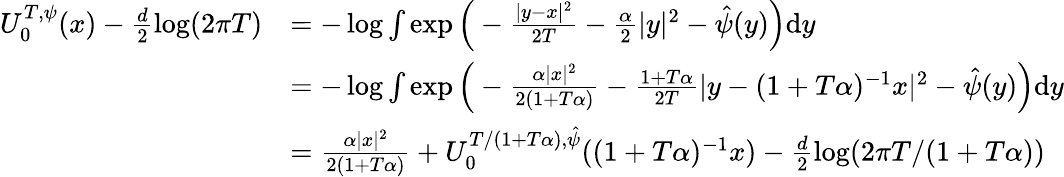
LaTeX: \begin{array}{rl}{U_{0}^{T,\psi}(x)-\frac{d}{2}\log(2\pi T)}&{=-\log\int\exp\Big(-\frac{|y-x|^{2}}{2T}-\frac{\alpha}{2}|y|^{2}-\hat{\psi}(y)\Big)\mathrm{d}y}\\ &{=-\log\int\exp\Big(-\frac{\alpha|x|^{2}}{2(1+T\alpha)}-\frac{1+T\alpha}{2T}|y-(1+T\alpha)^{-1}x|^{2}-\hat{\psi}(y)\Big)\mathrm{d}y}\\ &{=\frac{\alpha|x|^{2}}{2(1+T\alpha)}+U_{0}^{T/(1+T\alpha),\hat{\psi}}((1+T\alpha)^{-1}x)-\frac{d}{2}\log(2\pi T/(1+T\alpha))}\end{array}